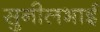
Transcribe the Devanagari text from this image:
सुनीलभाई